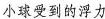
小球受到的浮力